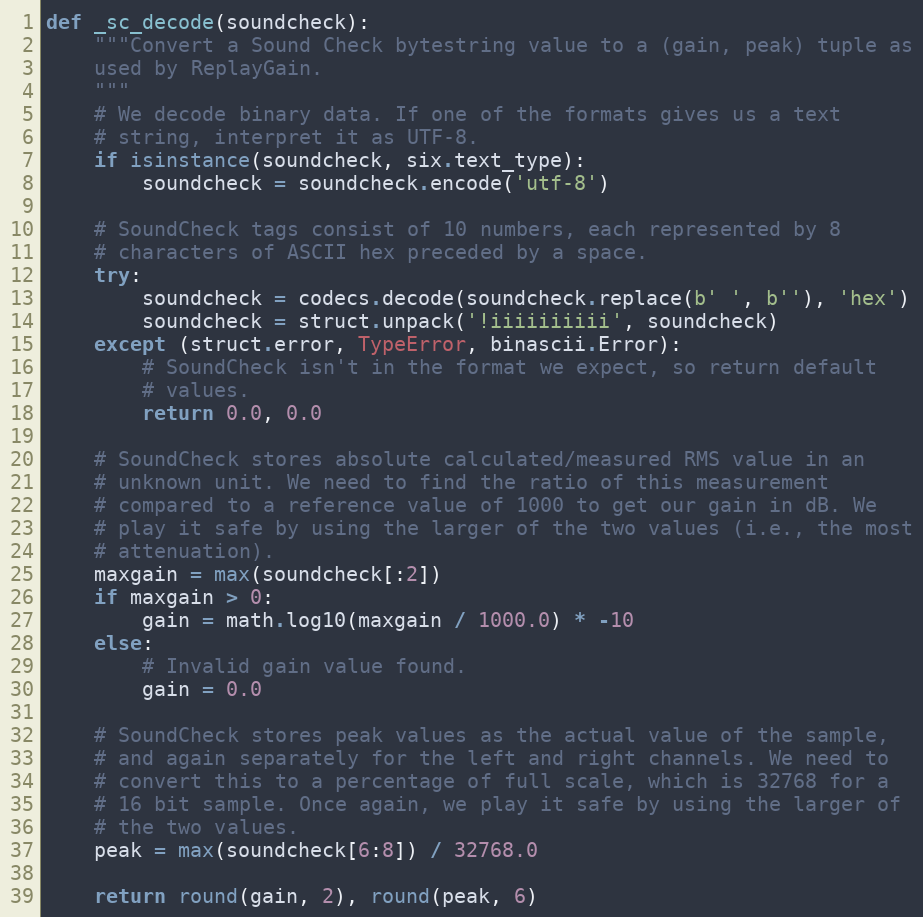
Language: Python
def _sc_decode(soundcheck):
    """Convert a Sound Check bytestring value to a (gain, peak) tuple as
    used by ReplayGain.
    """
    # We decode binary data. If one of the formats gives us a text
    # string, interpret it as UTF-8.
    if isinstance(soundcheck, six.text_type):
        soundcheck = soundcheck.encode('utf-8')

    # SoundCheck tags consist of 10 numbers, each represented by 8
    # characters of ASCII hex preceded by a space.
    try:
        soundcheck = codecs.decode(soundcheck.replace(b' ', b''), 'hex')
        soundcheck = struct.unpack('!iiiiiiiiii', soundcheck)
    except (struct.error, TypeError, binascii.Error):
        # SoundCheck isn't in the format we expect, so return default
        # values.
        return 0.0, 0.0

    # SoundCheck stores absolute calculated/measured RMS value in an
    # unknown unit. We need to find the ratio of this measurement
    # compared to a reference value of 1000 to get our gain in dB. We
    # play it safe by using the larger of the two values (i.e., the most
    # attenuation).
    maxgain = max(soundcheck[:2])
    if maxgain > 0:
        gain = math.log10(maxgain / 1000.0) * -10
    else:
        # Invalid gain value found.
        gain = 0.0

    # SoundCheck stores peak values as the actual value of the sample,
    # and again separately for the left and right channels. We need to
    # convert this to a percentage of full scale, which is 32768 for a
    # 16 bit sample. Once again, we play it safe by using the larger of
    # the two values.
    peak = max(soundcheck[6:8]) / 32768.0

    return round(gain, 2), round(peak, 6)